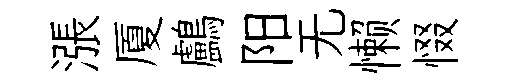
漲厦鸕阳无懒惙